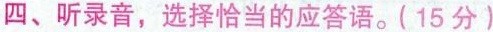
四、听录音,选择恰当的应答语.（5分 ）